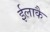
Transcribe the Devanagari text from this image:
ईलाकै